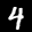
Label: 4